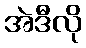
အဲဒီလို